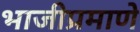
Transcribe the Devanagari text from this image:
भाजीप्रमाणे